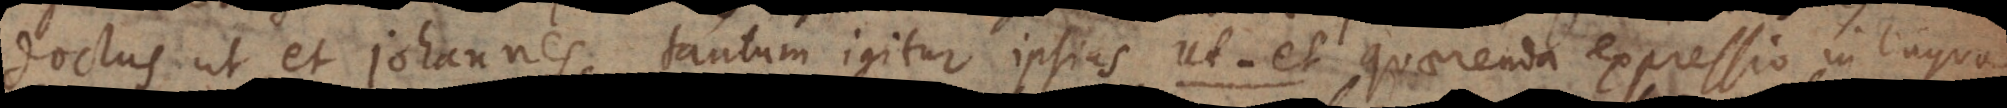
doctus ut et Johannes, tantum igitur ipsius ut‐et quaerenda expressio in lingua